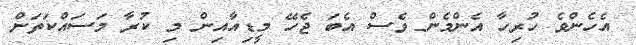
އެހެންވެ ހުރިހާ އެންމެން ވެސް އެބަ ޖެހޭ މީޑިއާއިން މި ކުރާ މަސައްކަތަށް